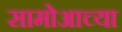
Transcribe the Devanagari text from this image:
सामोआच्या